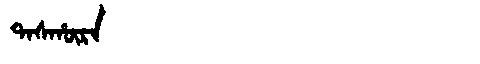
Manchu: ᡨᠠᠰᡥᡡᡵᠠ
Romanization: TASHŪRA